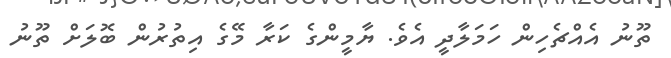
ތޫނު އެއްޗެހިން ހަމަލާދީ އެވެ. ޔާމީންގެ ކަރާ މޭގެ އިތުރުން ބޮލަށް ތޫނު